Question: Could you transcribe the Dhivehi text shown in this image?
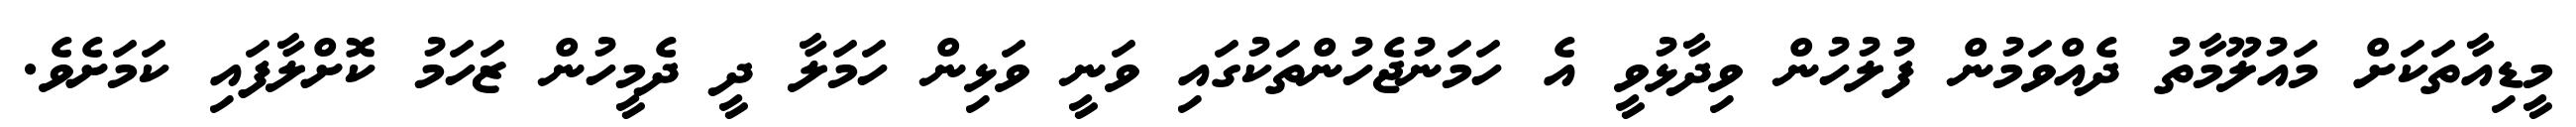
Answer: މީޑިއާތަކަށް މައުލޫމާތު ދެއްވަމުން ފުލުހުން ވިދާޅުވީ އެ ހަމަނުޖެހުންތަކުގައި ވަނީ ވަޅިން ހަމަލާ ދީ ދެމީހުން ޒަހަމު ކޮށްލާފައި ކަމަށެވެ.